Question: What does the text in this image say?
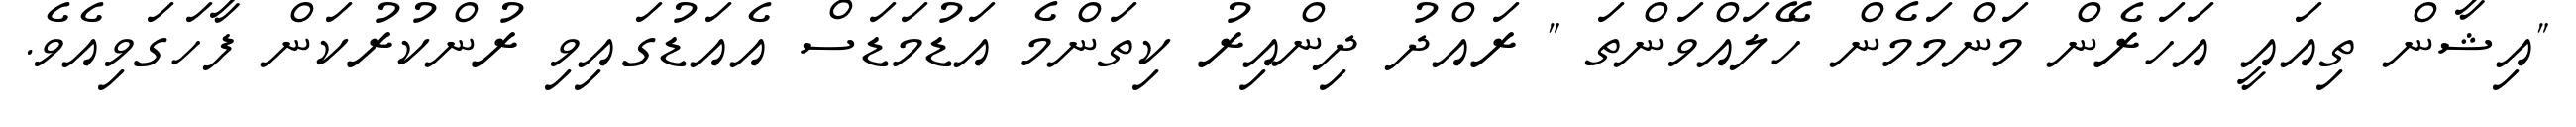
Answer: "އިޝާން ތިއައީ އަހަރެން މަންމަމެން ހޭލައްވަންތަ " ރައްދު ދިންއިރު ކިތަންމެ އަޑުމަޑަސް އެއަޑުގައިވި ރުންކުރުކަން ފާހަގަވިއެވެ.